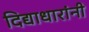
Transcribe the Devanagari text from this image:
दिद्याधारांनी